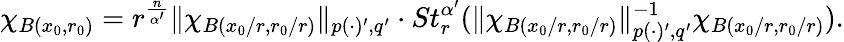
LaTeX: \chi_{B(x_{0},r_{0})}=r^{\frac{n}{\alpha^{\prime}}}\| \chi_{B(x_{0}/r,r_{0}/r)}\| _{p(\cdot)^{\prime},q^{\prime}}\cdot St_{r}^{\alpha^{\prime}}(\| \chi_{B(x_{0}/r,r_{0}/r)}\| _{p(\cdot)^{\prime},q^{\prime}}^{-1}\chi_{B(x_{0}/r,r_{0}/r)}).